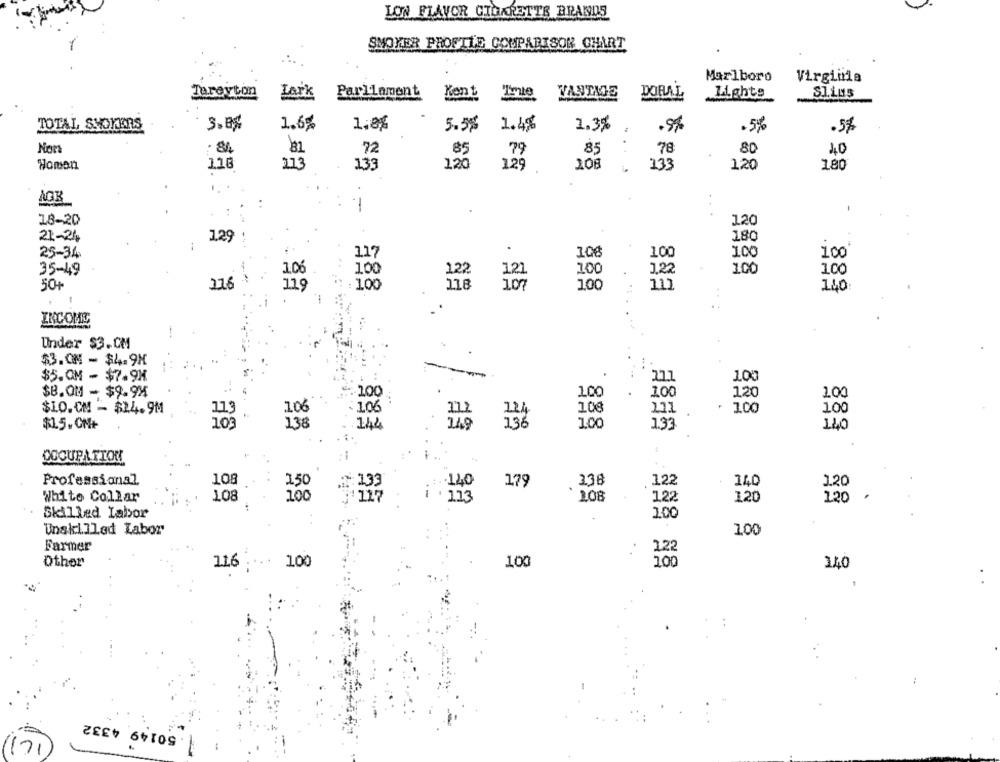
LON FLAVOR CIGARETTE BRANDS
SMOKER PROFILE COMPARISON CHART
Marlboro
Virginia
Parliament
DORAL
Tarevton
Lark
Kent
VANTIE
Lights
TOTAL SHOOKERS
3.8%
1.6%
5.5%
1.4g
1,3%
. 5%
.5%
Nors
. 84
81
72
85
79
85
78
80
10
Woman
118
113
133
120
129
208
133
120
180
AGB
:
1
18-20
120
180
21-24
129
.
100
100
1.00
25-34
117
106
35-49
: 100
122
121
100
1.22
100
100
50+
276
119
:100
118
107
100
11]
140
. .
-
INCOME
Under $3.CM
$3.00 - $4.9H
$5.OM - $7.9H
21.1
100
$B.OM - $9.9X
SE
100
100
120
100
$LO. CM - $24.9M
106
10€
271
100
100
OTT
106
124
$1.5. OM+
173
138
1.00
1.33
DOCUPATION
108
140
Professional
150
.140
179
336
122
1.20
White Collar
108
100
1 . 113
108
122
120
120
Skilled Labor
1.00
Unskilled Labor
100
Farmer
122
Other
11.6
100
100
100
140
1 . 50149 4332
17